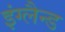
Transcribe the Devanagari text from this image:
इंग्लैन्ड